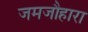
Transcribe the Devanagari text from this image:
जमजौहारा